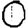
Digit: 0